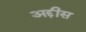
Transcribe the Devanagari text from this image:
अद्दीस